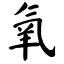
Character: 氧